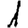
Digit: 1